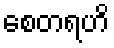
စေတရဟိ